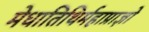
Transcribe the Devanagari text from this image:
मेधातिथिर्महाप्राज्ञो